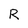
Character: R